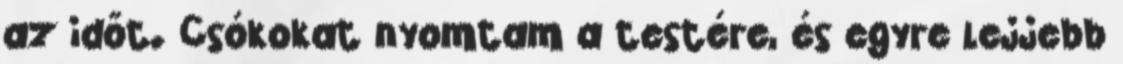
az időt. Csókokat nyomtam a testére, és egyre lejjebb